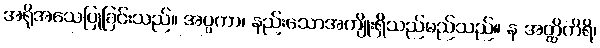
အရိုအသေပြုခြင်းသည်။ အပ္ပကာ၊ နည်းသောအကျိုးရှိသည်မည်သည်။ န အတ္ထိကိရိ၊